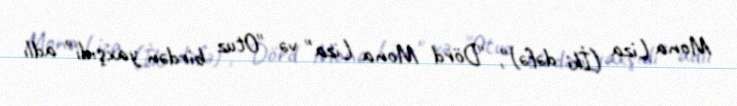
Mona Liza (İki dəfə)", "Dörd Mona Liza" və "Otuz birdən yaxşıdı" adlı